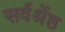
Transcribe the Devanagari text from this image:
सर्वश्रेंष्ठ